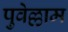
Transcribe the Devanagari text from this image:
पुवेल्लाम